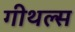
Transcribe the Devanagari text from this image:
गीथल्स